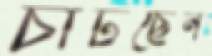
চাটছেন